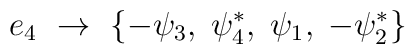
{e_{4}}~\rightarrow ~\{-\psi _{3},\;\psi _{4}^{*},\;\psi _{1},\;-\psi_{2}^{*}\}